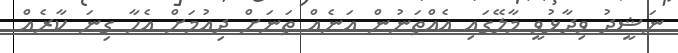
ނަޝީދު ވިދާޅުވީ މާލޭގައި އެއްތަނުން އަނެއް ތަނަށް ދިއުމަށް އެހާ ގިނަ ކާރެއް